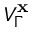
V _ { \Gamma } ^ { \mathbf { x } }